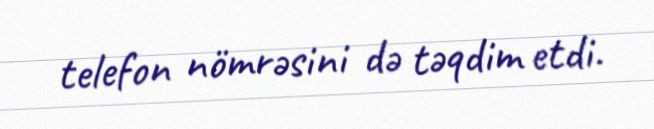
telefon nömrəsini də təqdim etdi.